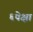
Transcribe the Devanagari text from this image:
६पेक्षा